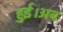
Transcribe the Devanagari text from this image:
हुई।अब